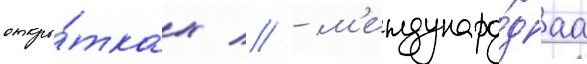
откры́тках // - м'еждунаро́днаа